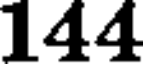
144